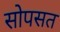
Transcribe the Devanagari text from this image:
सोपसत